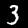
Label: 3